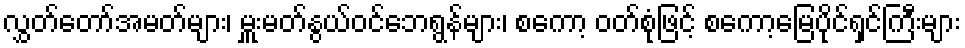
လွှတ်တော်အမတ်များ၊ မှူးမတ်နွယ်ဝင်ဘေရွန်များ၊ စကော့ ဝတ်စုံဖြင့် စကော့မြေပိုင်ရှင်ကြီးများ